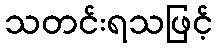
သတင်းရသဖြင့်